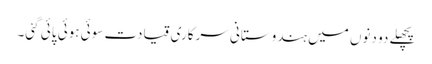
پچھلے دو دنوں میں ہندوستانی سرکاری قیادت سوئی ہوئی پائی گئی۔